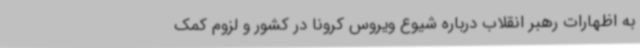
به اظهارات رهبر انقلاب درباره شیوع ویروس کرونا در کشور و لزوم کمک